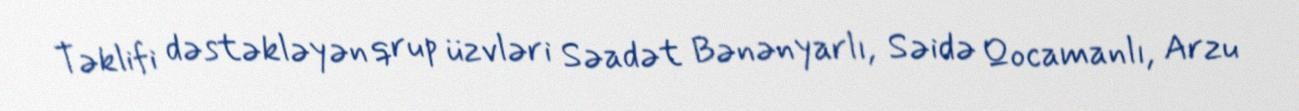
Təklifi dəstəkləyən qrup üzvləri Səadət Bənənyarlı, Səidə Qocamanlı, Arzu